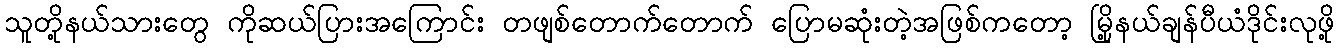
သူတို့နယ်သားတွေ ကိုဆယ်ပြားအကြောင်း တဖျစ်တောက်တောက် ပြောမဆုံးတဲ့အဖြစ်ကတော့ မြို့နယ်ချန်ပီယံဒိုင်းလုဖို့